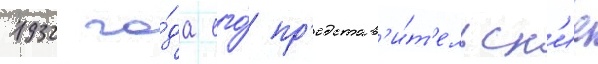
1932 го́да его́ пр'едстав'и́т'ельск'ие